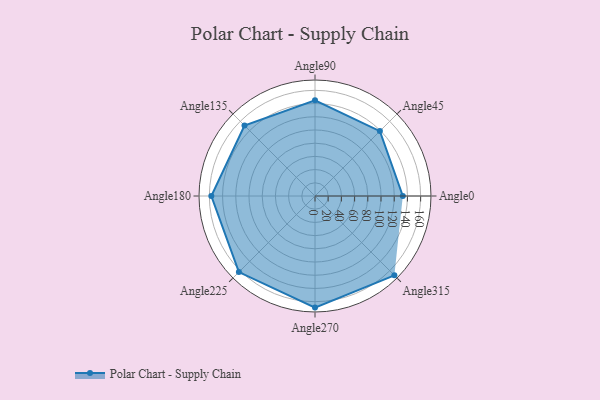
{"axis": {"x": "Angle", "y": "Radius"}, "legend": [""], "data": [{"x": "Angle0", "y": 133.0, "type": ""}, {"x": "Angle45", "y": 139.0, "type": ""}, {"x": "Angle90", "y": 145.0, "type": ""}, {"x": "Angle135", "y": 151.0, "type": ""}, {"x": "Angle180", "y": 157.0, "type": ""}, {"x": "Angle225", "y": 163.0, "type": ""}, {"x": "Angle270", "y": 169.0, "type": ""}, {"x": "Angle315", "y": 170, "type": ""}]}